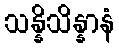
သန္နိသိန္နာနံ